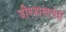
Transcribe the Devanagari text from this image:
जीवशास्त्राचेही